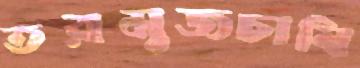
তরমুজচাষি